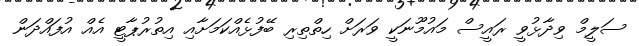
ސަލީމް ވިދާޅުވީ ރައީސް މައުމޫނަކީ ވަރަށް ހިތްތިރި ބޭފުޅެއްކަމަށާއި އިތުރުޕާޓީ އެއް އުފައްދަން